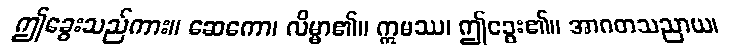
ဤခွေးသည်ကား။ ဆေကော၊ လိမ္မာ၏။ ဣမဿ၊ ဤခွေး၏။ အာဂတသညာယ၊